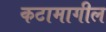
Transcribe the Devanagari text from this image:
कटामागील